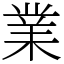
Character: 業